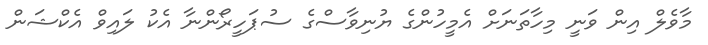
މާވެލް އިން ވަނީ މިހާތަނަށް އެމީހުންގެ ޔުނިވާސްގެ ސުޕަހީރޯންނާ އެކު ލައިވް އެކްޝަން